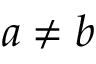
a \neq b